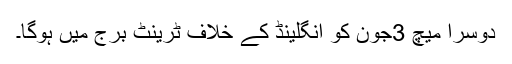
دوسرا میچ 3جون کو انگلینڈ کے خلاف ٹرینٹ برج میں ہوگا۔